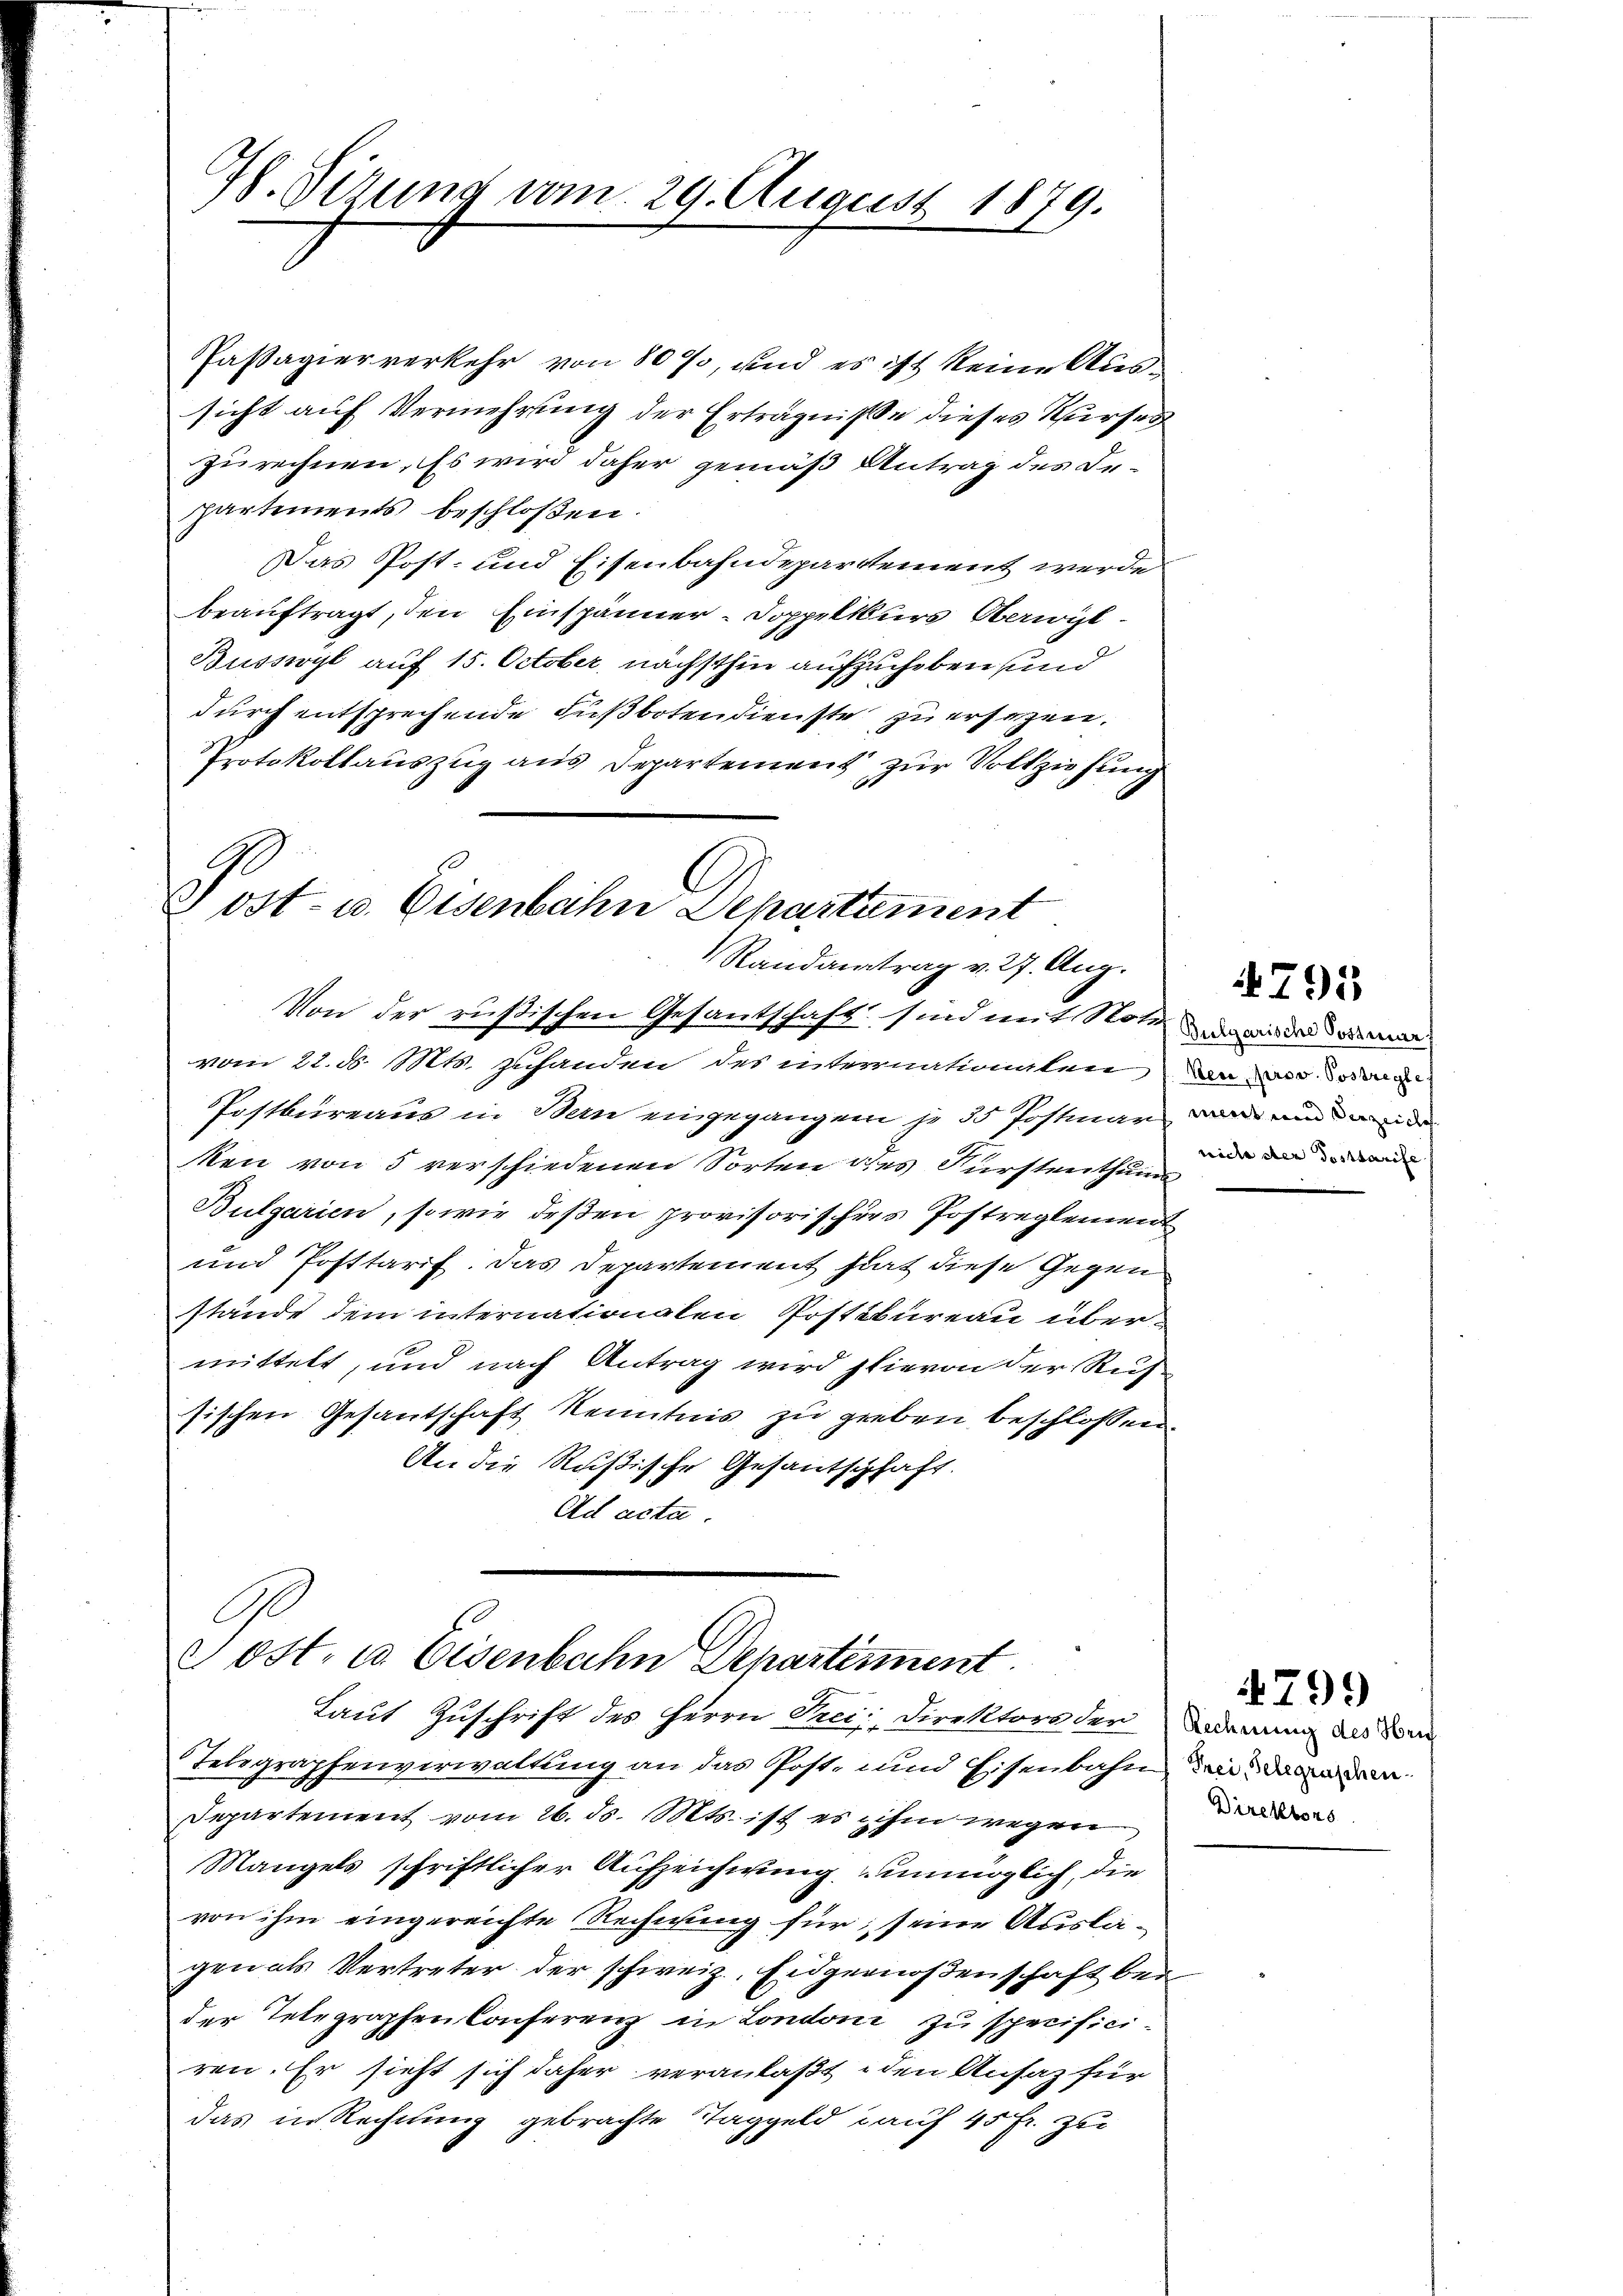
G. Sirung vom 29. August 1879.

partements beschloßen.

Post- u. Eisenbahn Departement
Randantrag v. 27. Aug.
Von der rußischen Gesandschaft sind mit Note an da da

Passagier verkehr von 80%, und es ist keine Aussicht auf Vermehrung der Erträgnisse dieses Kurses
zurechnen. Es wird daher gemäß Antrag des De-
Das Post- und Eisenbahndepartement werde
beauftragt, den Einspänner- Doppelkurs Oberwil¬
Büsswyl auf 15. October nächsthin aufzuheben, und
durch entsprechende Fußbotendienste zu ersezen.
Protokollauszug aus Departement zur Vollziehung

vom 22. d. 1101. zuhanden des internationalen an wir dor
Postbureaus in Bern eingegangen je 55 Postmar an und der
Men von 5 verschiedenen Sorten des Fürstenthums
Bulgarien, so wie deßen provisorischers Postreglement
und Posttarif. Das Departement hat diese Gegen
stände dem internationalen Postkureau übermittelt, und nach Antrag wird hievon der Ruh
sischen Gesantschaft Kenntnis zu greben beschlossen:
An die Rußische Gesantschhaft.
Ad acta.
C
 ost. c. Eisenbahn Departement
Laut Zuschrift des Herrn Prei: Direktors der Bodenung des Som
Telegraphenverwaltung an das Post- und Eisenbahn
Departement vom 26. ds. Mts. ist es ihm wegen
Mangels schriftlicher Aufzeichnung unmöglich, die
von ihm eingereichte Rechnung für seine Auslagen als Vertreter der schweiz. Eidgenoßenschaft bei
der Telegraphen Conferenz in Londoni zu specificiren. Er sieht sich daher veranlaßt den Ansaz für
das in Rechnung gebrachte Taggeld auf 45 fr. zu

nicte der Posttarife

795

Frei, Gelegraschen.
Direktors

4799